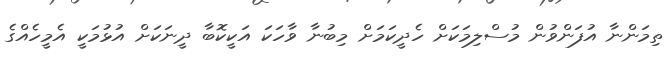
ތިމަންނާ އުފަންވުން މުސްލިމަކަށް ހެދީކަމަށް މިބުނާާ ވާހަކަ އަކީކޮބާ ދީނަކަށް އުޅުމަކީ އެމީހެއްގެ